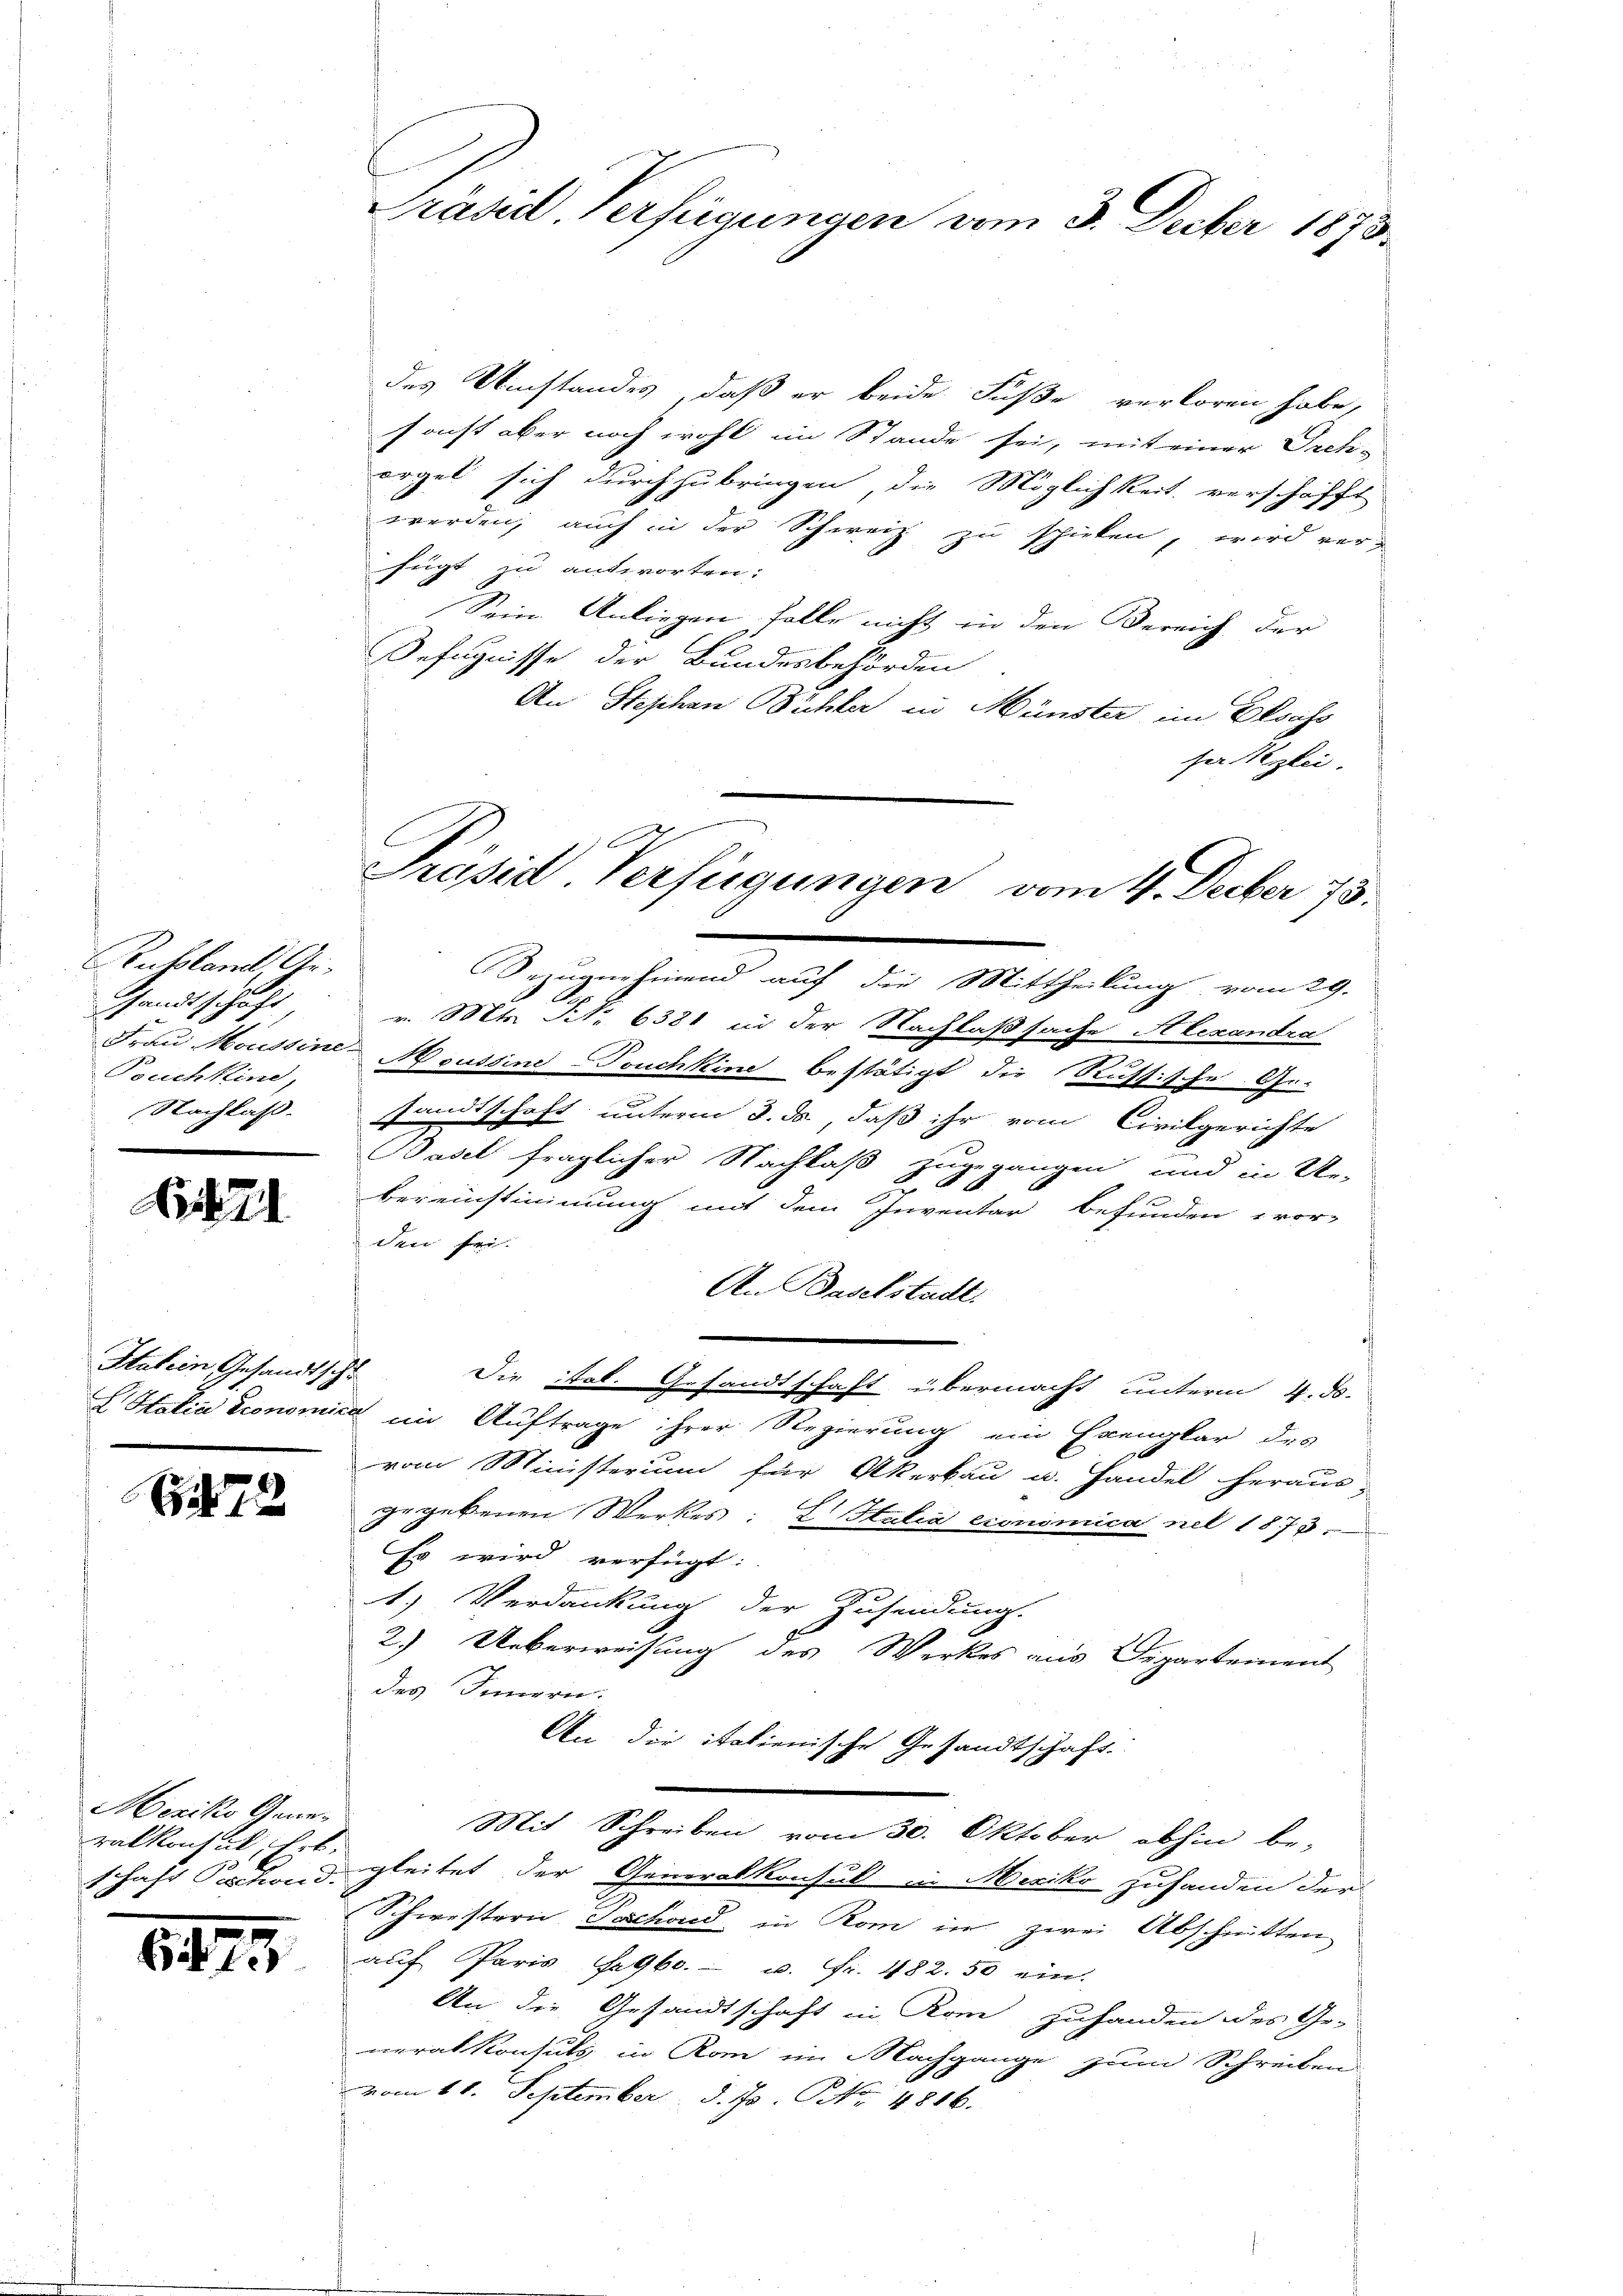
Rubland, Ge¬
Gandtschaft
Bouchkind,
Nachlaß.

A

Statien, Gesandtschu

72

Mexiko Generalkonsul ihr
schaft Sachend.

6475

Präsid. Verfügungen vom 3. Decber 1873.

Bezugnehmend auf die Mittheilung vom 29.
v. Mts. No 6381 in der Nachlaßsache Stlexandra
Frau Moussine Moussine Douchkine bestätigt die Russische Gesandtschaft unterm 3. ds, daß ihr vom Civilgerichte
Basel fraglicher Nachlaß zugegangen und in Ur-
bereinstimmung mit dem Inventar befunden vor-
den sei.
An Baselstadt.
Die stol. Gesandtschaft übermacht unterm 4. d.
Italia pronomica im Auftrage ihrer Regierung ein Exemplar des
vom Ministerium für Akerbau u. Handel heraus-
gegebenen Werkes: E Italia exonomica nel 1873.
Es wird verfügt:
1) Verdankung der Zusendung.
9
2.) Ueberweisung des Werkes aus Departement
des Innern.
An der italienische Gesandtschaft
Mit Schreiben vom 30. Oktober abhin be-
gleitet der Generalkonsul in Mesiko zuhanden der
Schwestern Teschond, in Rom in zwei Abschnitten
auf Paris Seb. u. Fr. 482. 50 ein.
An die Gesandtschaft in Rom zuhanden des Ge-
neralkonsuls in Rom im Nachgange zum Schreiben
vom 11. September d. Js. No. 4816.

des Umstandes, daß er beide Fuße verloren habe,
sonst aber noch wohl im Stande sei, mit einer Orch-
orgel sich durchzubringen, die Möglichkeit, verschafft
werden, auch in der Schweiz zu schicken, wird verfügt in antworten:
Sein Anliegen falle nicht in den Bereich der
Befugnisse der Bundesbehörden
An Stephan Büchler in Münster im Elsass
ser Reglei
Präsid Verfügungen vom 4. Decber 73.